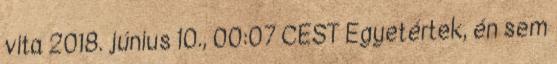
vita 2018. június 10., 00:07 CEST Egyetértek, én sem